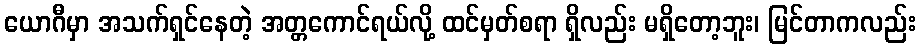
ယောဂီမှာ အသက်ရှင်နေတဲ့ အတ္တကောင်ရယ်လို့ ထင်မှတ်စရာ ရှိလည်း မရှိတော့ဘူး၊ မြင်တာကလည်း